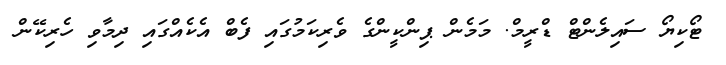
ޓޯކިޔޯ ސައިލެންޓް ޑްރީމް. މަމެން ޕިންކީންގެ ވެރިކަމުގައި ފެބް އެކެއްގައި ދިމާވި ހެރިކޭން